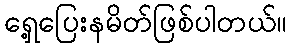
ရှေ့ပြေးနမိတ်ဖြစ်ပါတယ်။